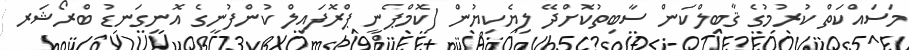
މަސައްކަތް ކުރުމުގެ ޤާބިލްކަން ސާބިތުކޮށްދޭ ލިޔެކިޔުން (ކޮމްޕެނީ ޕްރޮފައިލް ކުންފުނީގެ އޮނިގަނޑު ބްރޯޝަރ